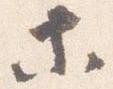
等